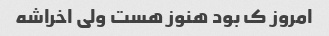
امروز ک بود هنوز هست ولی اخراشه